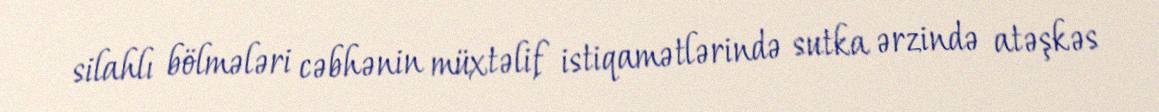
silahlı bölmələri cəbhənin müxtəlif istiqamətlərində sutka ərzində atəşkəs